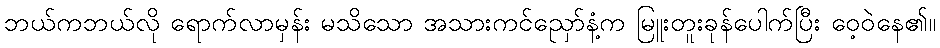
ဘယ်ကဘယ်လို ရောက်လာမှန်း မသိသော အသားကင်ညှော်နံ့က မြူးတူးခုန်ပေါက်ပြီး ဝေ့ဝဲနေ၏။